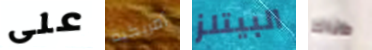
على أمريكية البيتلز هناك